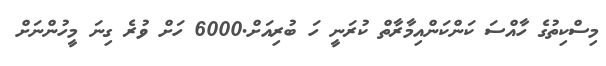
މިސްކިތުގެ ހާއްސަ ކަންކަންއިމާރާތް ކުރަނީ ހަ ބުރިއަށް.6000 ހަށް ވުރެ ގިނަ މީހުންނަށް